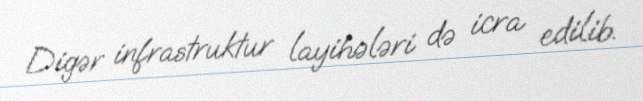
Digər infrastruktur layihələri də icra edilib.